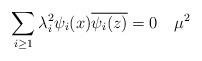
LaTeX: \begin{align*}\sum_{i\geq 1} \lambda_i^2 \psi_i(x)\overline{\psi_i(z)}=0 ~~~ \mu^2 \end{align*}